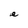
Character: e